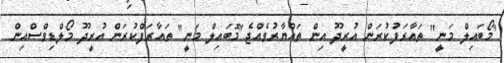
"މޯބައިލް މަނީ" ތައާރަފުކުރަން އުރީދޫ އިން ތައްޔާރުވެއްޖެ"މޮބައިލް މަނީ" ތައާރަފްކުރަން އުރީދޫ މޯލްޑިވްސްއިން